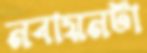
নবায়নটা